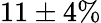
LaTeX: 11\pm 4\%